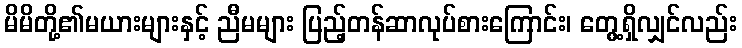
မိမိတို့၏မယားများနှင့် ညီမများ ပြည့်တန်ဆာလုပ်စားကြောင်း၊ တွေ့ရှိလျှင်လည်း